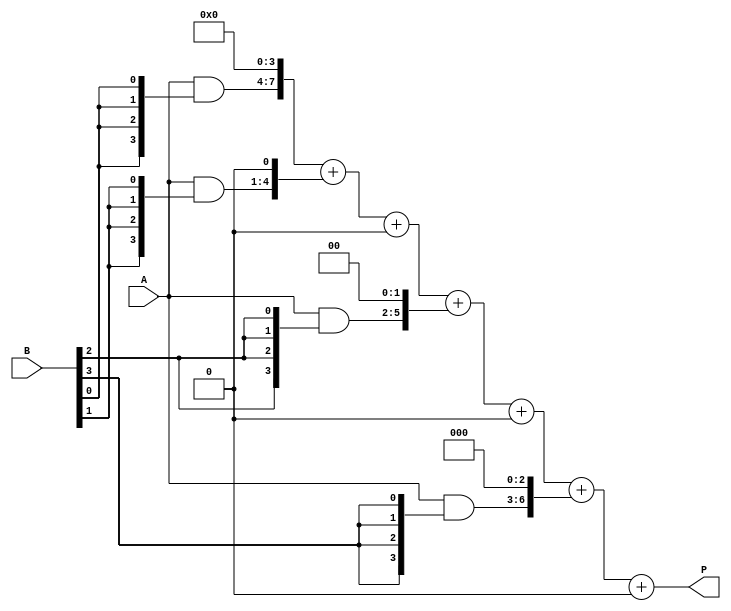
module array_multiplier #(parameter N = 4, M = 4) (
    input  [N-1:0] A,       // First operand
    input  [M-1:0] B,       // Second operand
    output [N+M-1:0] P      // Product of A and B
);
    wire [N-1:0] partial_product[M-1:0]; // Partial products
    wire [N+M-1:0] sum[M-1:0];            // Sums of partial products
    wire [N+M-1:0] carry[M-1:0];          // Carry bits

    // Generate partial products
    genvar i, j;
    generate
        for (j = 0; j < M; j = j + 1) begin : partial_prod_gen
            assign partial_product[j] = A & {N{B[j]}};
        end
    endgenerate

    // Summing the partial products
    assign sum[0] = {partial_product[0], {M{1'b0}}}; // First partial product (shifted)
    assign carry[0] = 0; // No carry for the first sum

    generate
        for (i = 1; i < M; i = i + 1) begin : sum_gen
            wire [N+M-1:0] shifted_partial_product;
            assign shifted_partial_product = {partial_product[i], {i{1'b0}}}; // Shift left

            // Full adder implementation for summation
            wire [N+M-1:0] sum_temp;
            wire [N+M-1:0] carry_temp;

            // Full Adder Logic
            assign {carry_temp, sum_temp} = sum[i-1] + shifted_partial_product + carry[i-1];
            
            assign sum[i] = sum_temp;
            assign carry[i] = carry_temp[N+M-1]; // Store the carry out
        end
    endgenerate

    // Final product output
    assign P = sum[M-1]; // The last sum contains the final product

endmodule